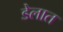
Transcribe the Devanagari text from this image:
डेलात